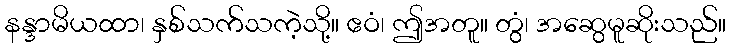
နန္ဒာမိယထာ၊ နှစ်သက်သကဲ့သို့။ ဧဝံ၊ ဤအတူ။ တွံ၊ အဆွေမူဆိုးသည်။